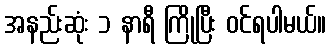
အနည်းဆုံး ၁ နာရီ ကြိုပြီး ဝင်ရပါမယ်။